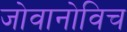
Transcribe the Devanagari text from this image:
जोवानोविच